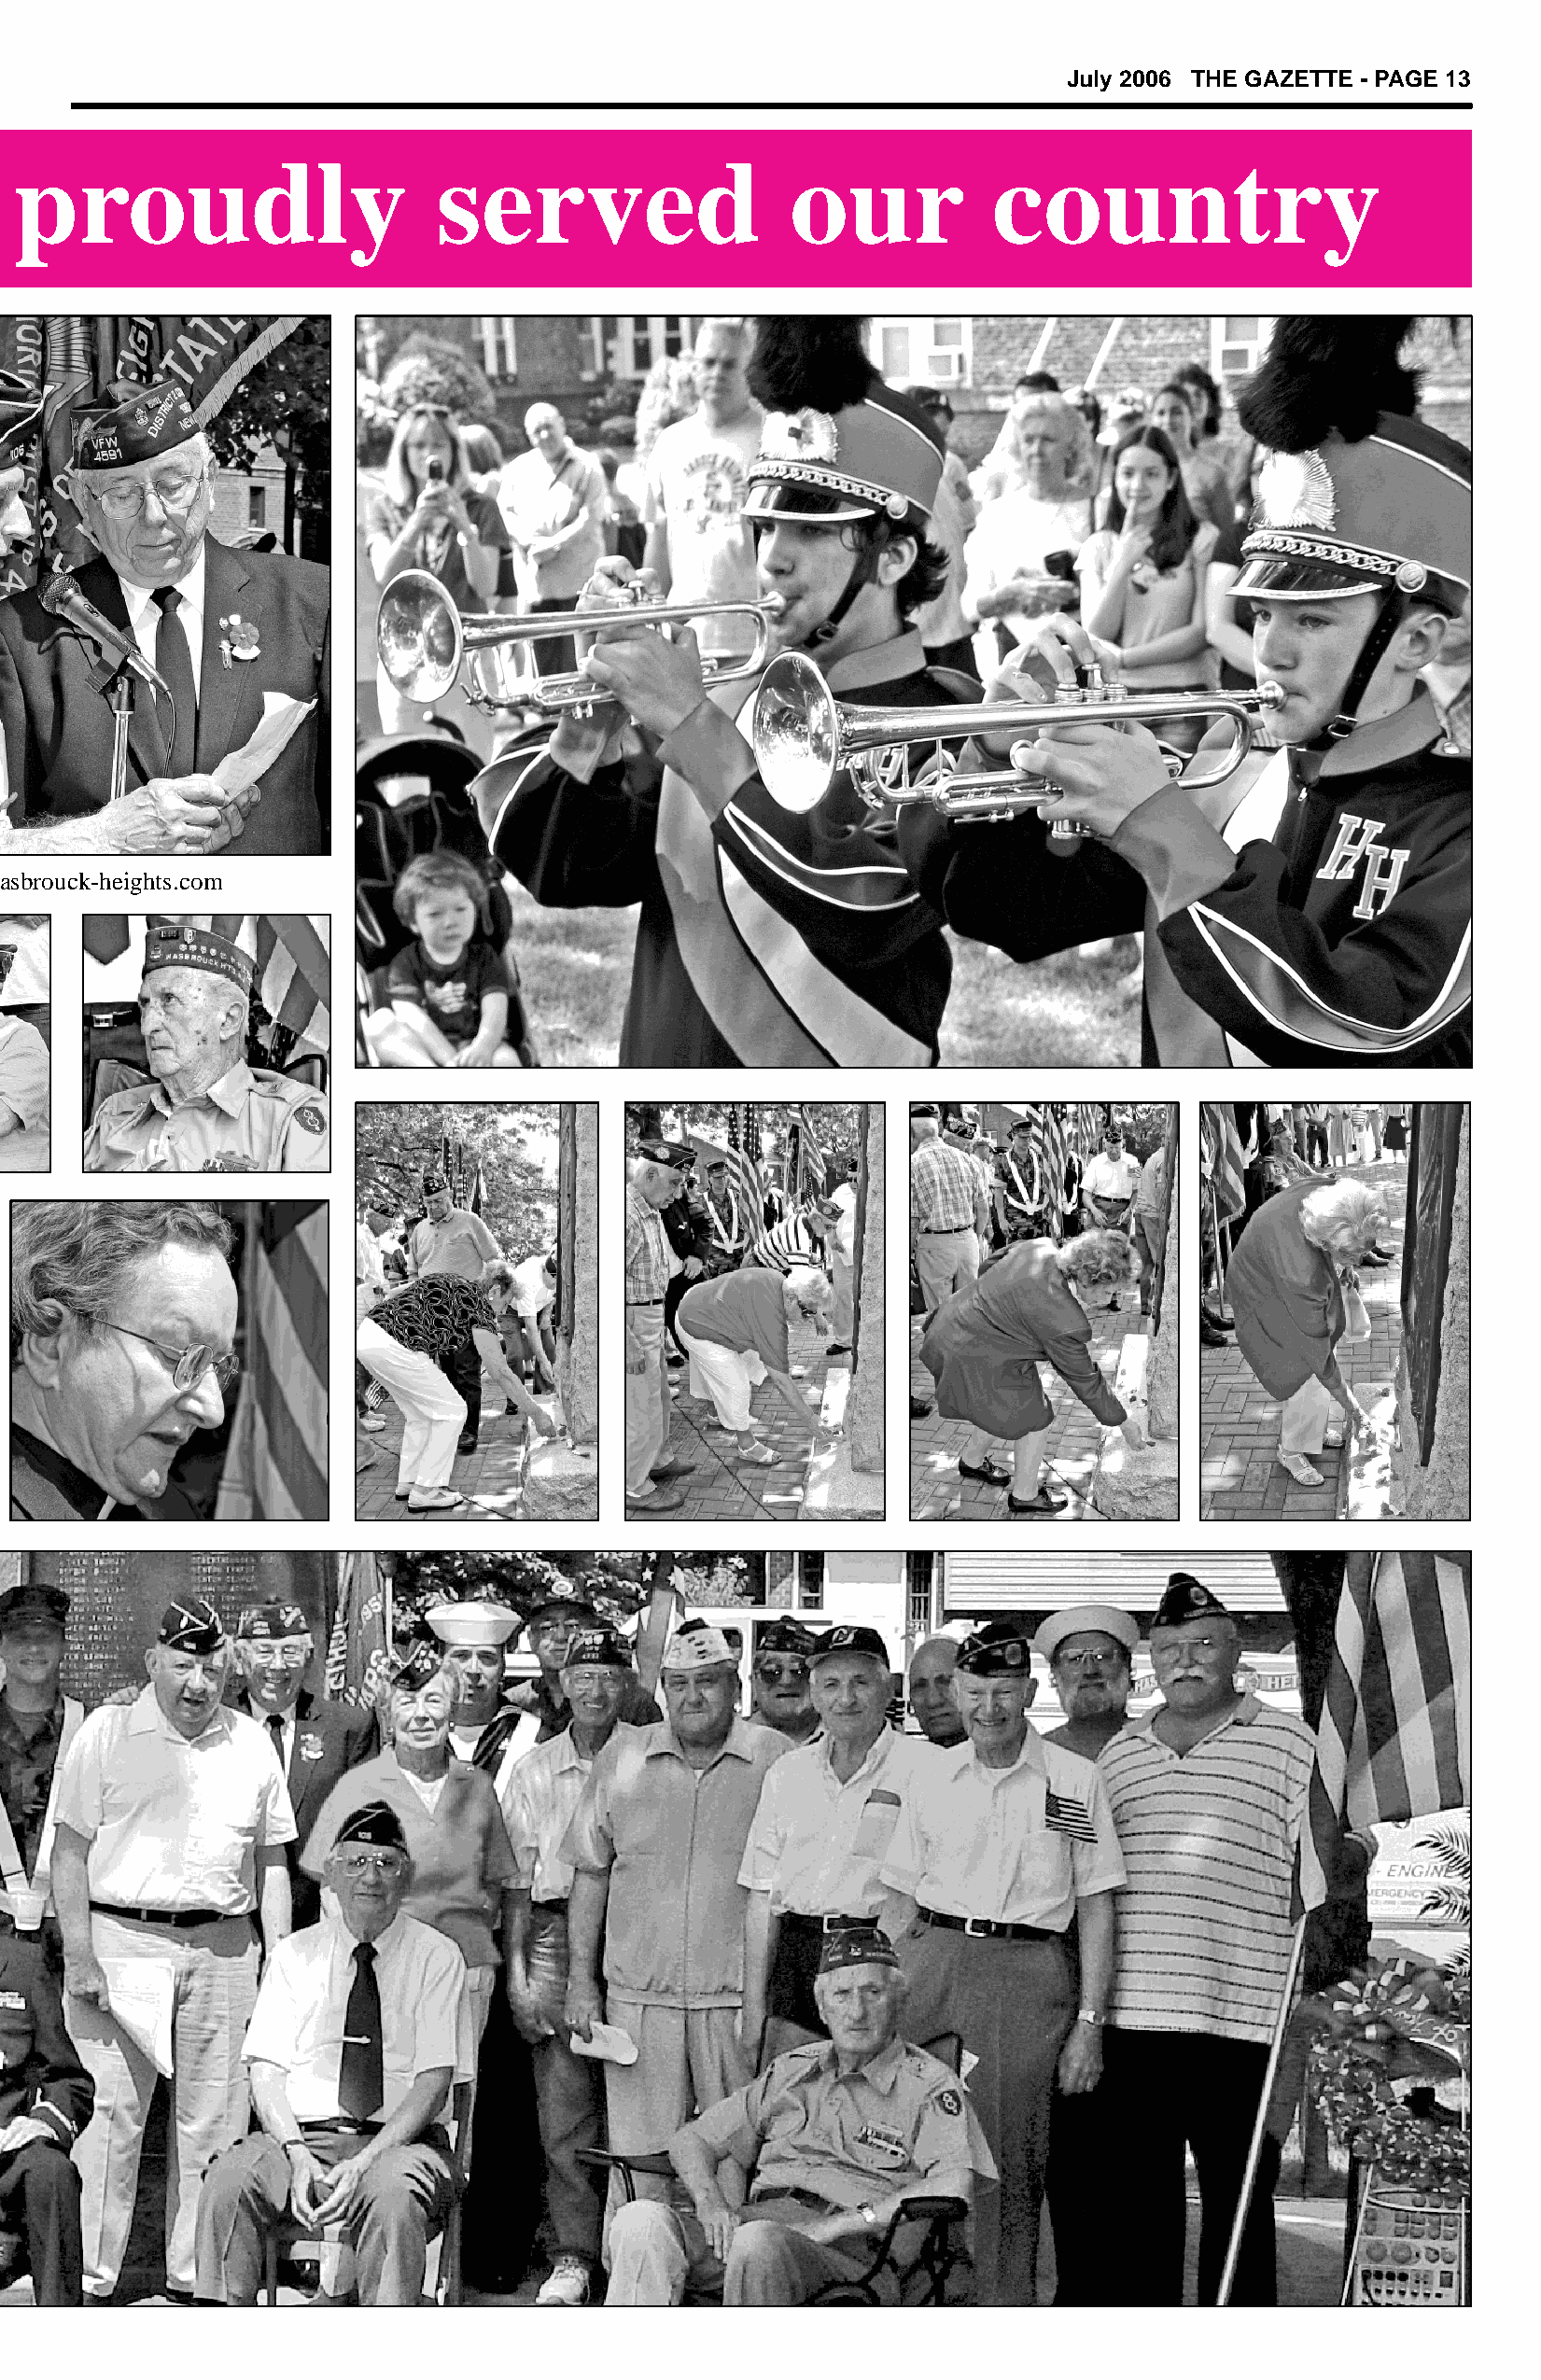
July 2006 THE GAZETTE - PAGE 13
 proudly                       served                   our           country
 hasbrouck-heights.com